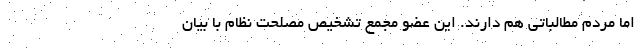
اما مردم مطالباتی هم دارند. این عضو مجمع تشخیص مصلحت نظام با بیان